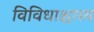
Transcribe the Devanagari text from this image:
विविधाश्चास्य